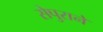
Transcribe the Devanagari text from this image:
सेपुराने